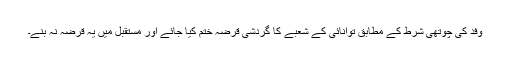
وفد کی چوتھی شرط کے مطابق توانائی کے شعبے کا گردشی قرضہ ختم کیا جائے اور مستقبل میں یہ قرضہ نہ بنے۔